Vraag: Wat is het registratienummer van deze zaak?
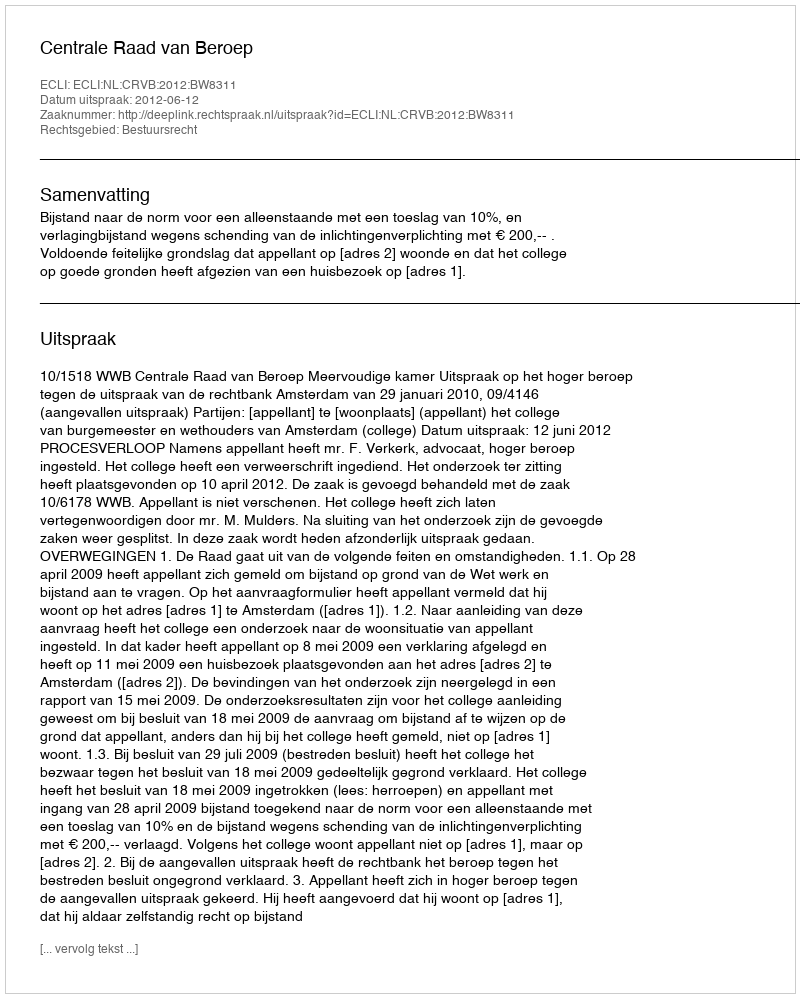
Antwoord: http://deeplink.rechtspraak.nl/uitspraak?id=ECLI:NL:CRVB:2012:BW8311